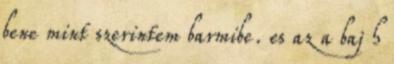
bene mint szerintem barmibe. es az a baj h